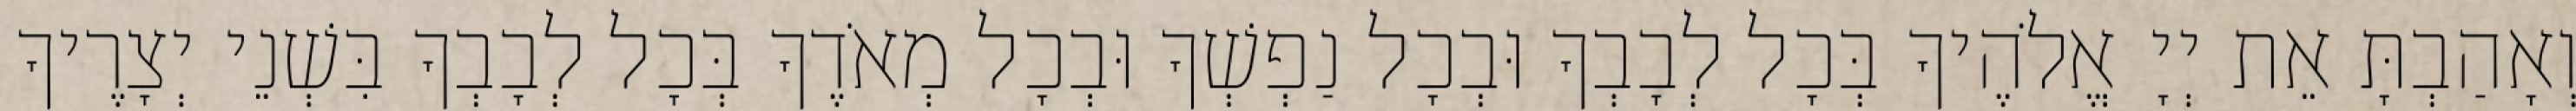
וְאָהַבְתָּ אֵת יְיָ אֱלֹהֶיךָ בְּכָל לְבָבְךָ וּבְכָל נַפְשְׁךָ וּבְכָל מְאֹדֶךָ בְּכָל לְבָבְךָ בִּשְׁנֵי יְצָרֶיךָ